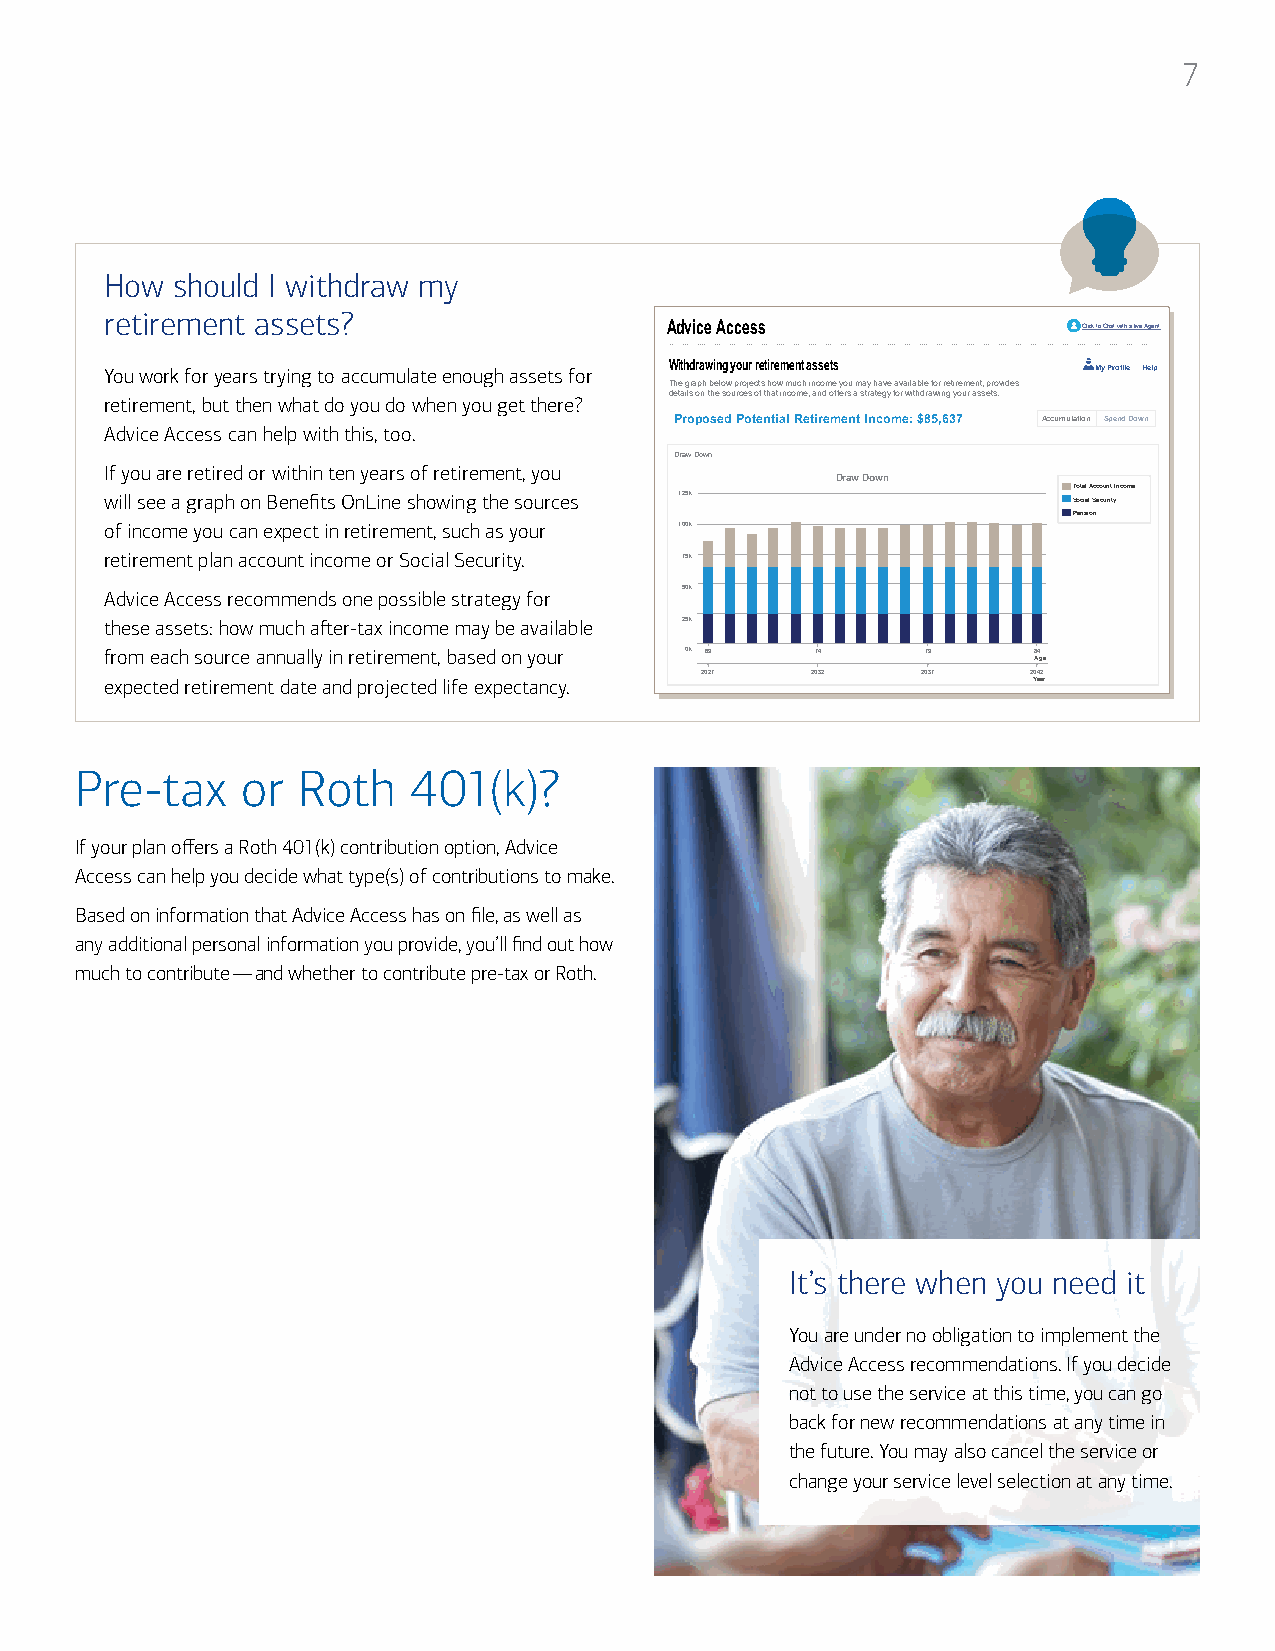
7
 How should I withdraw my
 retirement assets?
 Advice Access               Click to Chat with a live Agent
 You work for years trying to accumulate enough assets for Withdrawing your retirement assets My Profile Help
 The graph below projects how much income you may have available for retirement, provides
 retirement, but then what do you do when you get there? details on the sources of that income, and offers a strategy for withdrawing your assets.
 Proposed Potential Retirement Income: $85,637 Accumulation Spend Down
 Advice Access can help with this, too.
 Draw Down
 If you are retired or within ten years of retirement, you
 Draw Down
 will see a graph on Benefits OnLine showing the sources 125k    T So ot ca il a A l Sc ec co uu rn itt y Income
 Pension
 of income you can expect in retirement, such as your 100k
 retirement plan account income or Social Security. 75k
 Advice Access recommends one possible strategy for 50k
 these assets: how much after-tax income may be available 25k
 from each source annually in retirement, based on your 0k 69 74 79 84
 Age
 2027    2032   2037   2042
 expected retirement date and projected life expectancy.      Year
 The proposed withdrawal strategy is based on the information entered into Adivce Access. It may not reflect all aspects of your personal situation, such as plan/account rules,
 outside account holdings, investment liquidity and tax consequences. It is not meant to replace the advice of a qualified estate planner/tax advisor. Please review the
 proposed strategy and decide if it is appropriate for you. Also, if a pension plan is included in thw withdrawal strategy, you should verify the payment options with your plan
 administrator and decide which option is best suited for you.
 Pre-tax    or  Roth   401(k)?
 If your plan offers a Roth 401(k) contribution option, Advice
 Access can help you decide what type(s) of contributions to make.
 Based on information that Advice Access has on file, as well as
 any additional personal information you provide, you’ll find out how
 much to contribute — and whether to contribute pre-tax or Roth.
 It’s there when you need it
 You are under no obligation to implement the
 Advice Access recommendations. If you decide
 not to use the service at this time, you can go
 back for new recommendations at any time in
 the future. You may also cancel the service or
 change your service level selection at any time.